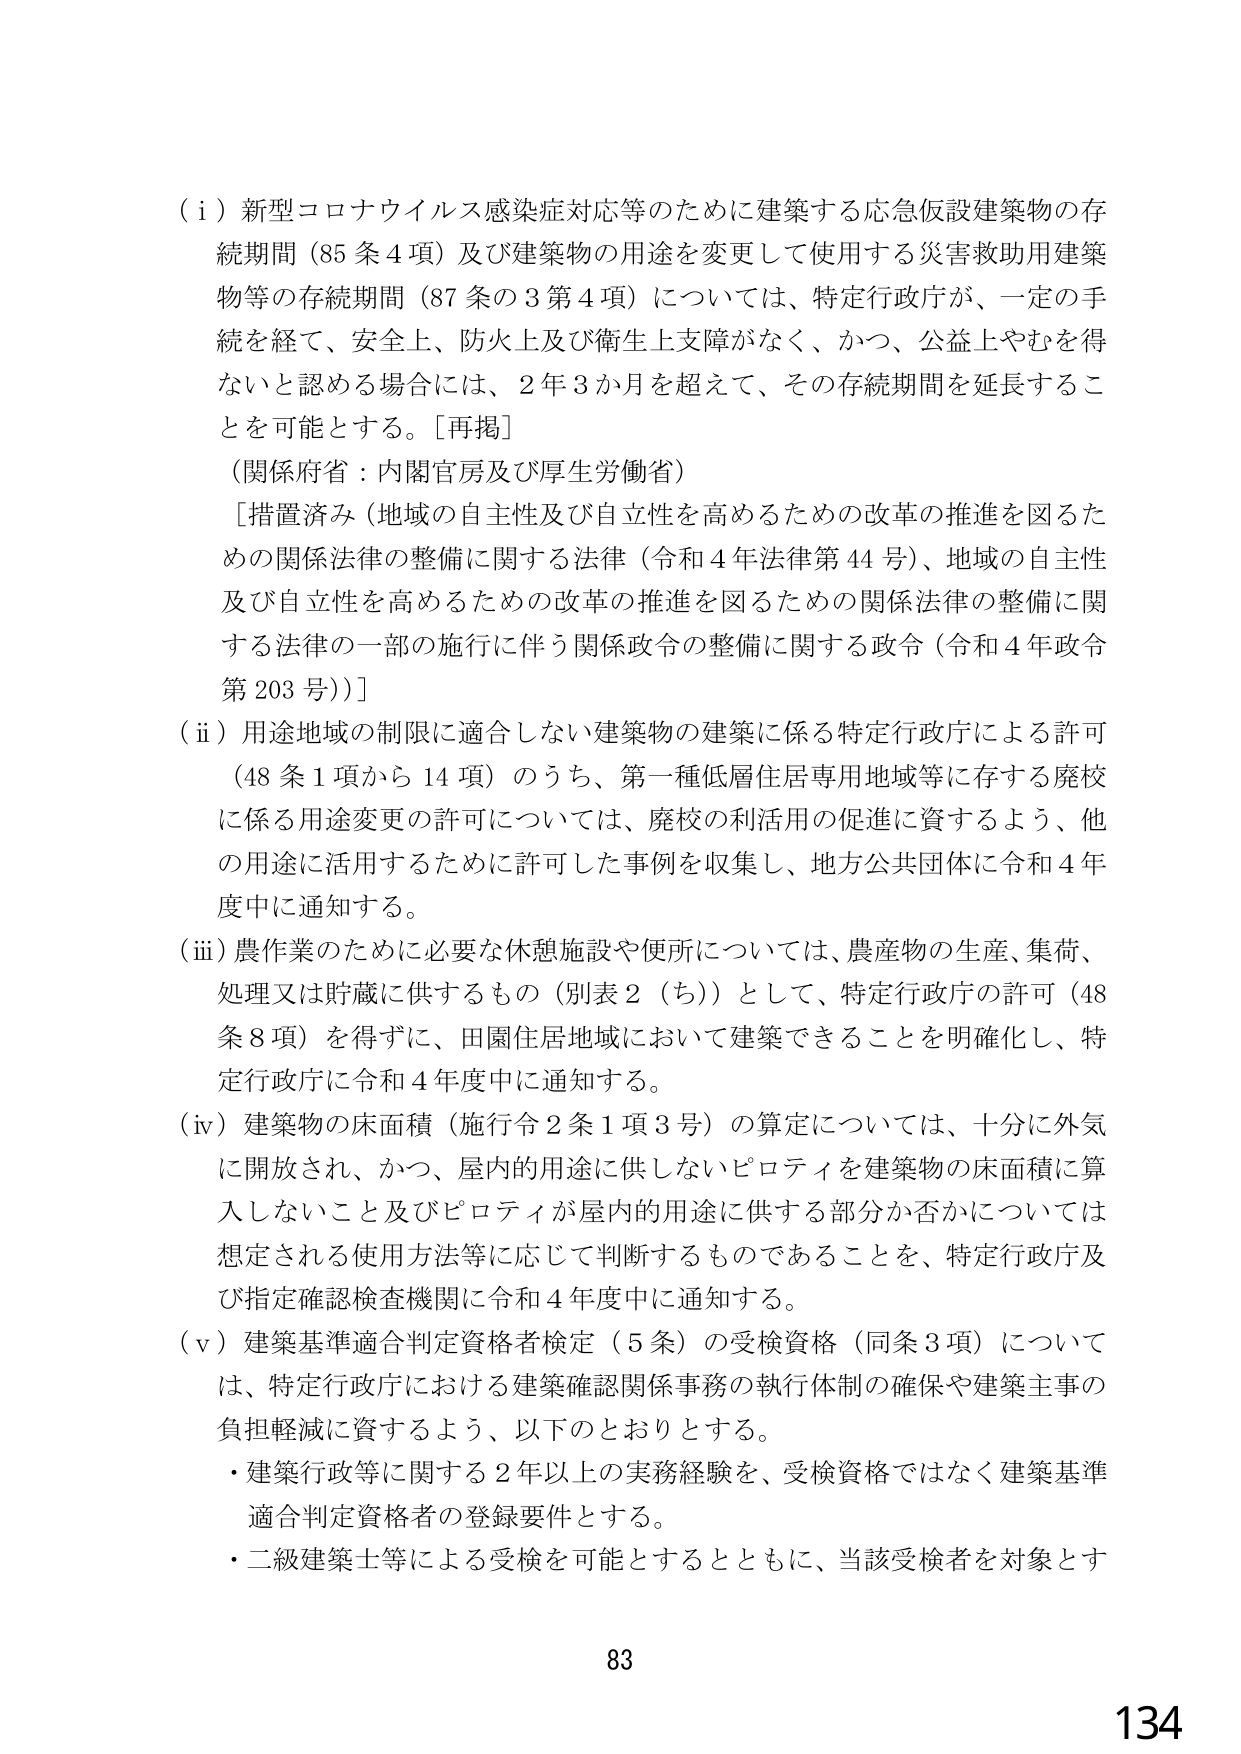
（i）新型コロナウイルス感染症対応等のために建築する応急仮設建築物の存続期間（85条4項）及び建築物の用途を変更して使用する災害救助用建築物等の存続期間（87条の3第4項）については、特定行政庁が、一定の手続を経て、安全上、防火上及び衛生上支障がなく、かつ、公益上やむを得ないと認める場合には、2年3か月を超えて、その存続期間を延長することを可能とする。［再掲］
（関係府省：内閣官房及び厚生労働省）
［措置済み（地域の自主性及び自立性を高めるための改革の推進を図るための関係法律の整備に関する法律（令和4年法律第44号）、地域の自主性及び自立性を高めるための改革の推進を図るための関係法律の整備に関する法律の一部の施行に伴う関係政令の整備に関する政令（令和4年政令第203号））］

（ii）用途地域の制限に適合しない建築物の建築に係る特定行政庁による許可（48条1項から14項）のうち、第一種低層住居専用地域等に存する廃校に係る用途変更の許可については、廃校の利活用の促進に資するよう、他の用途に活用するために許可した事例を収集し、地方公共団体に令和4年度中に通知する。

（iii）農作業のために必要な休憩施設や便所については、農産物の生産、集荷、処理又は貯蔵に供するもの（別表2（ち））として、特定行政庁の許可（48条8項）を得ずに、田園住居地域において建築できることを明確化し、特定行政庁に令和4年度中に通知する。

（iv）建築物の床面積（施行令2条1項3号）の算定については、十分に外気に開放され、かつ、屋内的用途に供しないピロティを建築物の床面積に算入しないこと及びピロティが屋内的用途に供する部分か否かについては想定される使用方法等に応じて判断するものであることを、特定行政庁及び指定確認検査機関に令和4年度中に通知する。

（v）建築基準適合判定資格者検定（5条）の受検資格（同条3項）については、特定行政庁における建築確認関係事務の執行体制の確保や建築主事の負担軽減に資するよう、以下のとおりとする。
・建築行政等に関する2年以上の実務経験を、受検資格ではなく建築基準適合判定資格者の登録要件とする。
・二級建築士等による受検を可能とするとともに、当該受検者を対象とす

83
134